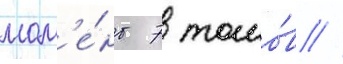
мом'е́нт 7 томо́в //